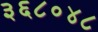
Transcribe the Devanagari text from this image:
३६८०४८